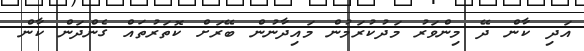
އަދި ކާން ދޭ މިންވަރު މަދުކުރަމުން މައިދާނުން ބޭރަށް ކޮތަރުތައް ގެންދަން ކާން